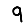
Digit: 9